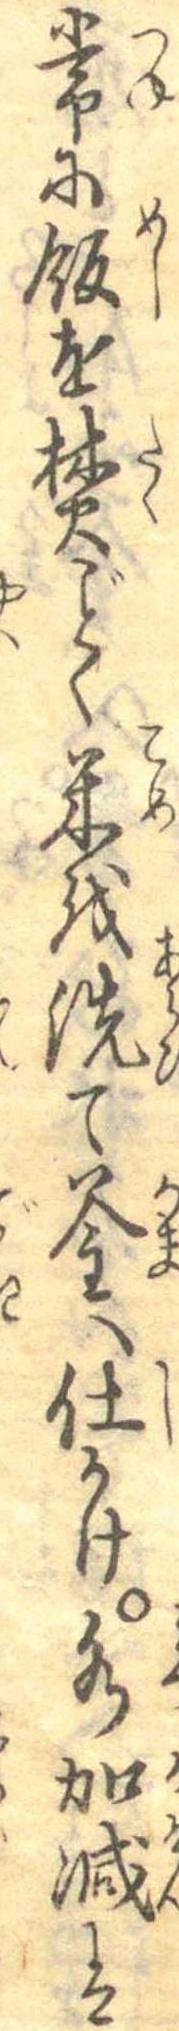
常に飯を焚ごとく米を洗て釜へ仕かけ水加減は